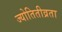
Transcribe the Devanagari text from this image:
ज्योतितीव्रता